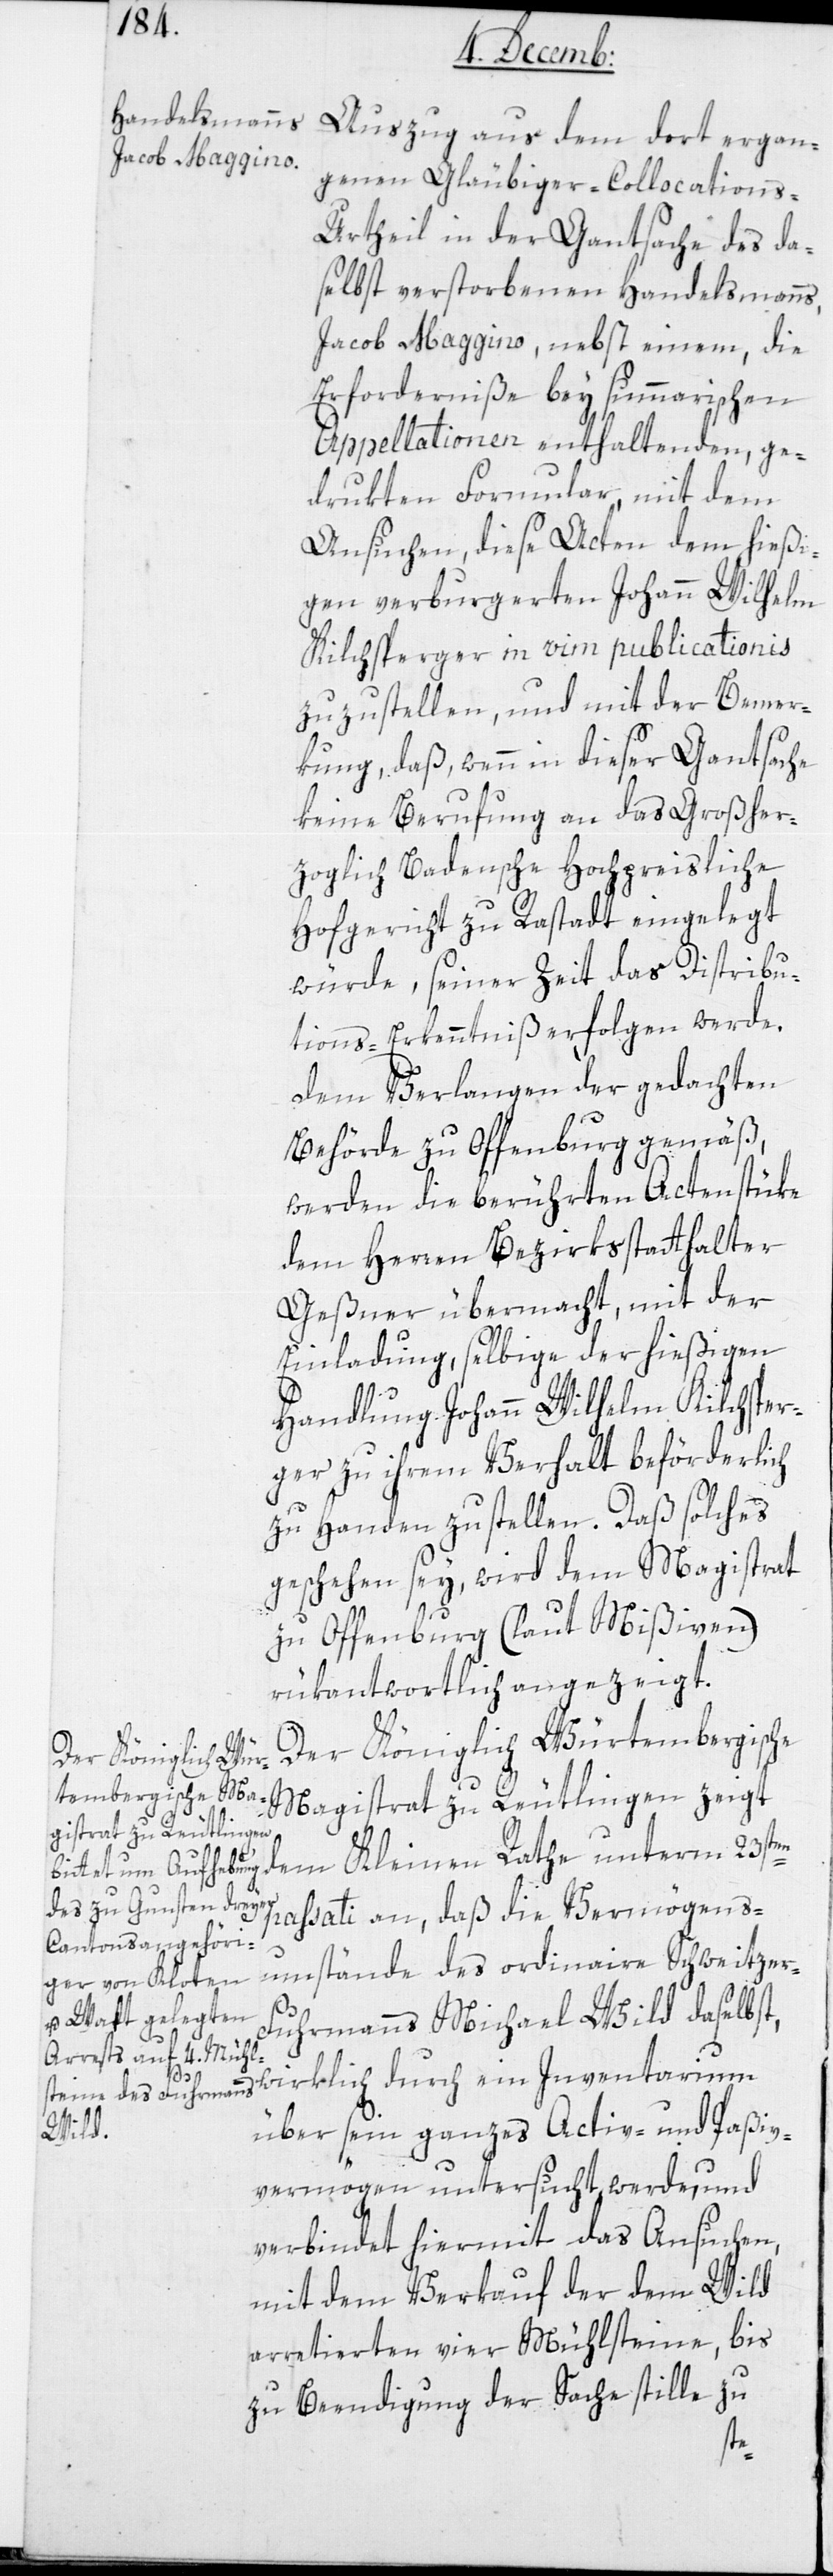
Auszug aus dem dort ergan¬
genen Gläubiger-Collocations-U¬
rtheil in der Gantsache des da¬
selbst verstorbenen Handelsmanns,
Jacob Maggino, nebst einem, die
Erforderniße bey summarischen
Appellationen enthaltenden, ge¬
drukten Formular mit dem
Ansuchen, diese Acten dem hießi¬
gen verburgerten Johann Wilhelm
Kilchsperger in vim publicationis
zuzustellen, und mit der Bemer¬
kung, daß wenn in dieser Gantsache
keine Berufung an das Großher¬
zoglich Badensche Hochpreisliche
Hofgericht zu Rastadt eingelegt
würde, seiner Zeit das Distribu¬
tions-Erkenntniß erfolgen werde.
Dem Verlangen der gedachten
Behörde zu Offenburg gemäß,
werden die berührten Actenstüke
dem Herren Bezirksstatthalter
Geßner übermacht, mit der
Einladung, selbige der hießigen
Handlung Johann Wilhelm Kilchsper¬
ger zu ihrem Verhalt beförderlich
zu Handen zu stellen. Daß solches
geschehen sey, wird dem Magistrat
zu Offenburg (laut Mißiven)
rükantwortlich angezeigt.
Der Königlich Würtembergische
dem Kleinen Rathe
Magistrat zu Reutlingen zeigt
passati an, daß die Vermögens¬
umstände des ordinaire Schweitzer-F¬
uhrmanns Michael Wild daselbst,
ein
über sein ganzes Activ- und Paßiv¬
vermögen untersucht werde, und
verbindet hiermit das Ansuchen,
mit dem Verkauf der dem Wild
arretierten vier Mühlsteine, bis
zu Beendigung der Sache stille zu